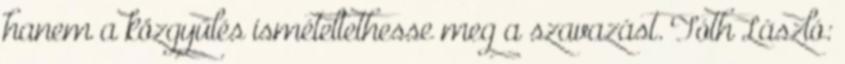
hanem a közgyűlés ismételtethesse meg a szavazást. Tóth László: